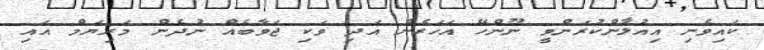
ކައިވެނި އިއުލާންކުރަންވީ ނޫންހޭ އަހަރެން އަދި ވަކި ޖަވާބެއް ނުދެން މަރިޔަމް އައި